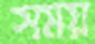
সময়